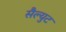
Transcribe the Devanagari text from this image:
सैल्युट